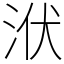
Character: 洑